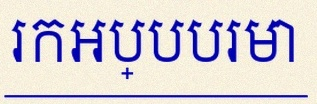
រកអប្បបរមា